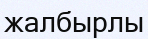
жалбырлы